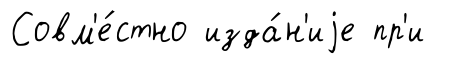
Совм'е́стно изда́н'иjе пр'и